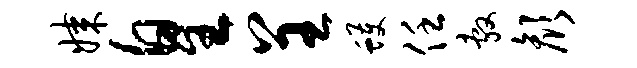
媒皇呈蠖任敷颜